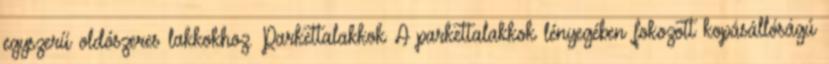
egyszerű oldószeres lakkokhoz. Parkettalakkok A parkettalakkok lényegében fokozott kopásállóságú